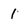
Character: 1